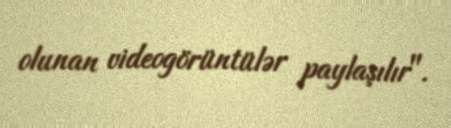
olunan videogörüntülər paylaşılır".